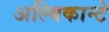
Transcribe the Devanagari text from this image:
अल्बिकान्टे